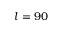
l = 9 0